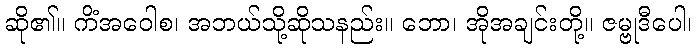
ဆို၏။ ကိံအဝေါစ၊ အဘယ်သို့ဆိုသနည်း။ ဘော၊ အိုအချင်းတို့။ ဇမ္ဗုဒီပေါ၊